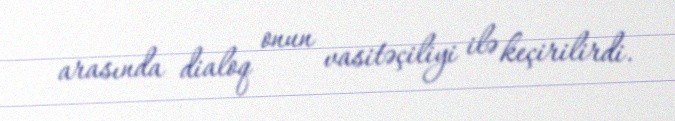
arasında dialoq onun vasitəçiliyi ilə keçirilirdi.